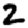
Digit: 2